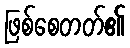
ဖြစ်စေတတ်၏